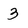
Character: 3